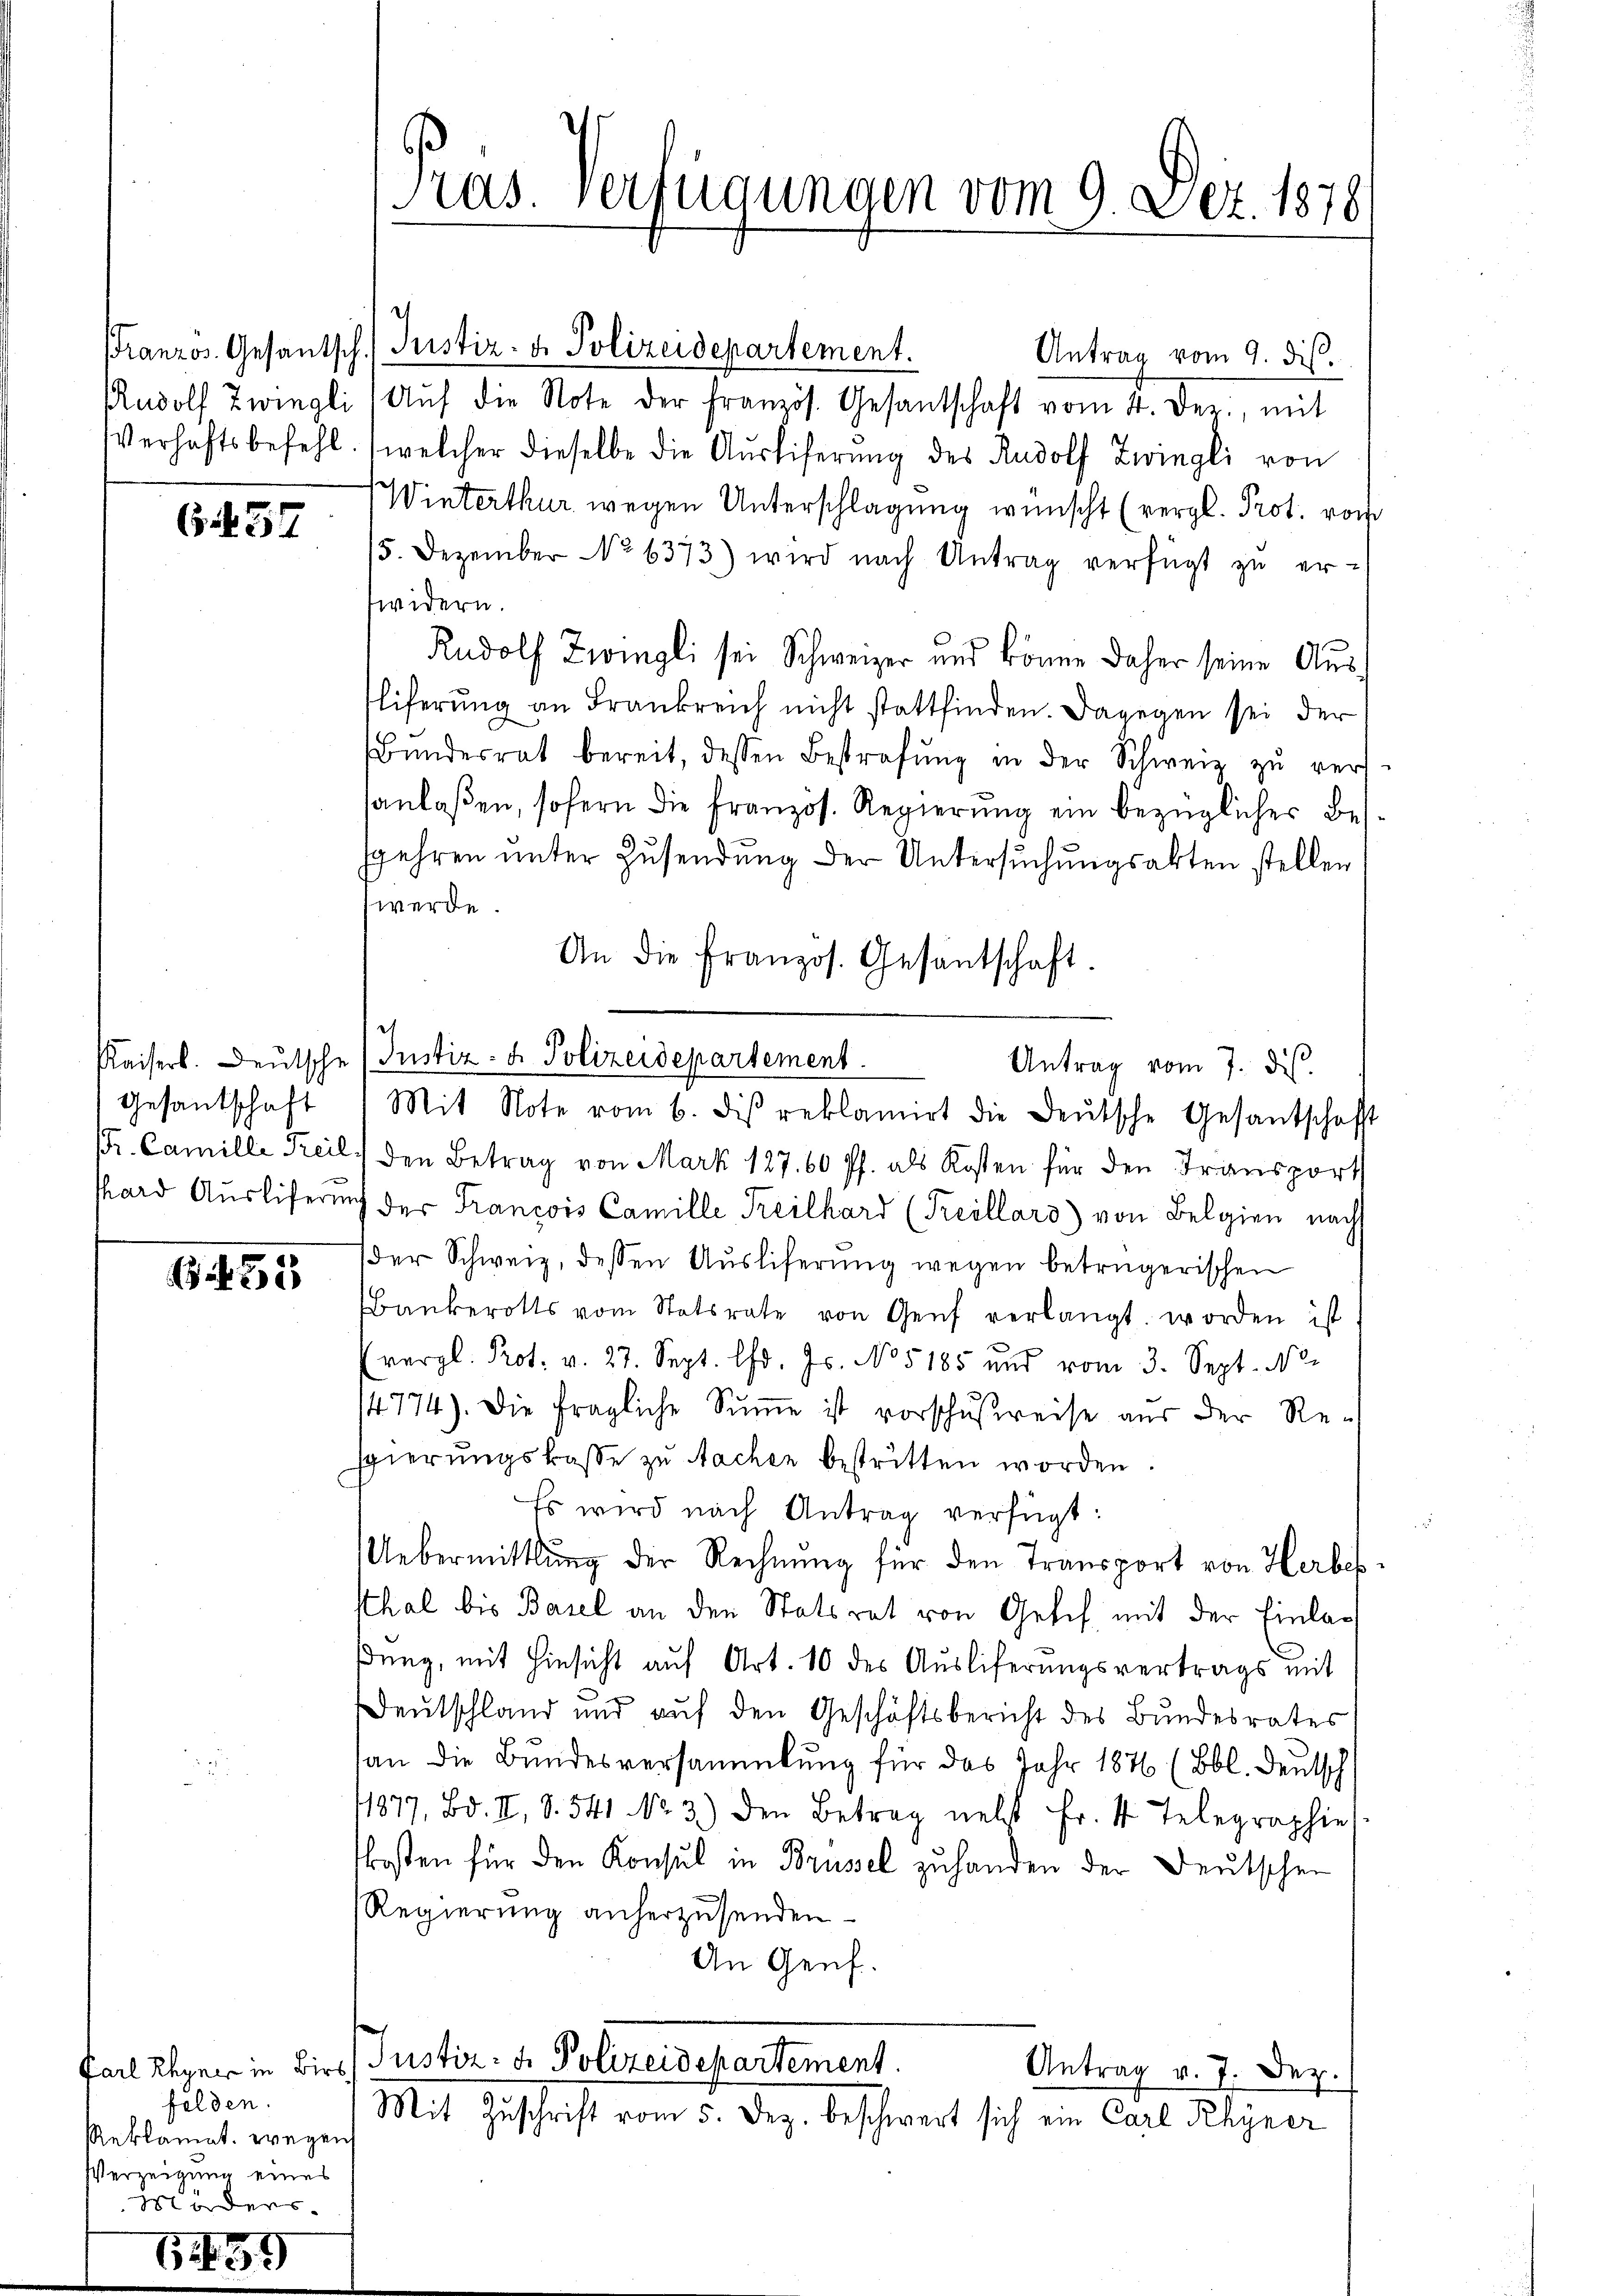
(. . 37

Gesandtschaft

33

felden.
Reklamat. wegens
Verzeigung eines
Möders

Pras. Verfügungen vom 9. Dez. 1878

franzos. Gesantsch. Justiz- & Polizeidepartement.
Antrag vom 9. ds.
Rudolf Zwingli Aŭf die Note der französ. Gesantschaft vom 4. Der., mit
Verhaftsbefehl (welcher dieselbe die Aŭsliferŭng des Rudolf Zwingli von
Winterthur wegen Unterschlagung wünscht (vergl. Prot. von
15. Dezember No 6373) wird nach Antrag verfügt zŭ er-
widern.
Rudolf Zwingli sei Schweizer und könne daher seine Aŭs-
liferŭng an Frankreich nicht stattfinden. Dagegen sei der
Bŭndesrat bereit, dessen Bestrafŭng in der Schweiz zŭ vers-
sanlaßen, sofern die französ. Regierŭng ein bezüglicher Besgehren unter Zusendung der Untersuchungsakten stellen
werde
An die französ. Gesantschaft
Kaiserl. Deutsche (Justiz- & Polizeidepartement.
Mit Note vom 6. des reklamirt die Deutsche Gesantschaft
r. Camille Teil, den Betrag von Mark 127. 60 Pf. als Kosten für den Transport
hard Auslieferung der Francois Camille Teilhard (Freillars) von Belgien nachs
der Schweiz, dessen Ausliferung wegen betrügerischen
Bankerotts vom Statsrate von Genf verlangt worden ist
(vergl. Prot. v. 27. Sept. l. Js. No 5185 und vom 3. Sept. 10.
14774). Die fragliche Sŭṁe ist vorschußreise aus der Re-
spierungskasse zu achen bestritten worden.
Es wird nach Antrag verfügt:
Uebermittlung der Rechnŭng für den Transport von Herbessthal bis Basel an den Statsrat von Gesch mit der Einlaßung, mit Hinsicht auf Art. 10 des Ausliferungsvertrags mit
Deutschland und auf den Geschäftsbericht des Bundesrates
an die Bundesversammlung für das Jahr 1876 (Bbl. Deutsch
11877, Bd. II, S. 541 No. 3.) den Betrag neht Fr. 4 Telegraphie
kosten für den Konsul in Brüsel zuhanden der Deutschen
Regierung anherzusenden.
An Genf.
Fall eiger in dies Justiz- u. Polizeidepartement.
Antrag v. 7. Der.
f
Mit Zuschrift vom 5. Dez. beschwert sich ein Carl Rhyner

Antrag vom 7. ds.